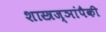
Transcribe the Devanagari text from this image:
शास्त्रज्ञांपैकी